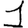
Digit: 1